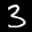
Label: 3